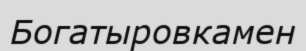
Богатыровкамен